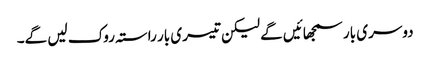
دوسری بار سمجھائیں گے لیکن تیسری بار راستہ روک لیں گے۔